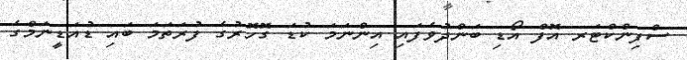
ސްފިންކްޓަރ އޮފް އޯޑި ބަންދުވެފައި އިންނަމަ ކުޑަ ގޮހޮރުގެ ފުރަތަމަ ބައި ޑުއަޑީނަމްގެ